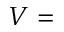
V =